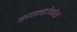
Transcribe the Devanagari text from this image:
स्यन्द्रोमेस